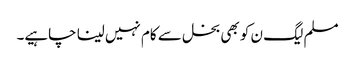
مسلم لیگ ن کو بھی بخل سے کام نہیں لینا چاہیے۔